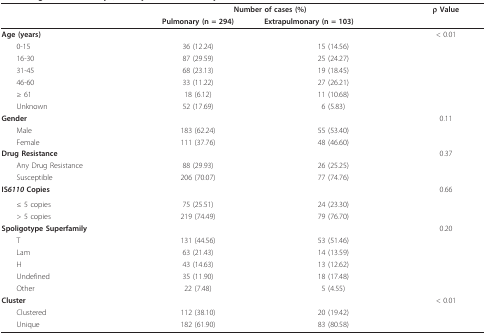
|  | <COLSPAN=2> Number of cases (%) | ρ Value |
 |  | Pulmonary (n = 294) | Extrapulmonary (n = 103) |  |
 | --- | --- | --- | --- |
 | Age (years) |  |  | < 0.01 |
 | 0-15 | 36 (12.24) | 15 (14.56) |  |
 | 16-30 | 87 (29.59) | 25 (24.27) |  |
 | 31-45 | 68 (23.13) | 19 (18.45) |  |
 | 46-60 | 33 (11.22) | 27 (26.21) |  |
 | ≥ 61 | 18 (6.12) | 11 (10.68) |  |
 | Unknown | 52 (17.69) | 6 (5.83) |  |
 | <COLSPAN=3> Gender | 0.11 |
 | Male | 183 (62.24) | 55 (53.40) |  |
 | Female | 111 (37.76) | 48 (46.60) |  |
 | <COLSPAN=3> Drug Resistance | 0.37 |
 | Any Drug Resistance | 88 (29.93) | 26 (25.25) |  |
 | Susceptible | 206 (70.07) | 77 (74.76) |  |
 | IS6110 Copies |  |  | 0.66 |
 | ≤ 5 copies | 75 (25.51) | 24 (23.30) |  |
 | > 5 copies | 219 (74.49) | 79 (76.70) |  |
 | <COLSPAN=3> Spoligotype Superfamily | 0.20 |
 | T | 131 (44.56) | 53 (51.46) |  |
 | Lam | 63 (21.43) | 14 (13.59) |  |
 | H | 43 (14.63) | 13 (12.62) |  |
 | Undefined | 35 (11.90) | 18 (17.48) |  |
 | Other | 22 (7.48) | 5 (4.55) |  |
 | <COLSPAN=3> Cluster | < 0.01 |
 | Clustered | 112 (38.10) | 20 (19.42) |  |
 | Unique | 182 (61.90) | 83 (80.58) |  |